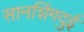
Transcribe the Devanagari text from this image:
सानशिंगदुई